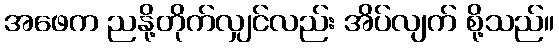
အဖေက ညနို့တိုက်လျှင်လည်း အိပ်လျက် စို့သည်။